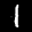
Label: 1